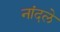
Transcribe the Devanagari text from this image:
नांदले